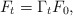
\begin{align*}F_t=\Gamma_tF_0,\end{align*}